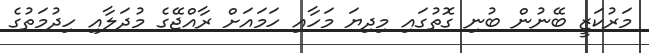
މަރުކަޒީ ބޭނުން ބުނި ގޮތުގައި މިދިޔަ މަހާއި ހަމައަށް ރާއްޖޭގެ މުދަލާއި ހިދުމަތުގެ